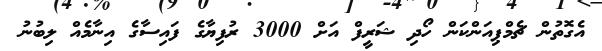
އެގޮތުން ޗެމްޕިއަންކަން ހޯދި ޝަރީފް އަށް 3000 ރުފިޔާގެ ފައިސާގެ އިނާމެއް ލިބުނު